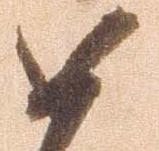
如